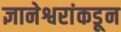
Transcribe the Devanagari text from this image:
ज्ञानेश्वरांकडून